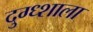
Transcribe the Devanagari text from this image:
दुग्ध्शाला